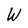
Character: W